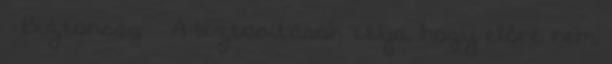
 Biztonság  A biztosítások célja, hogy előre nem